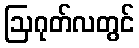
ဩဂုတ်လတွင်